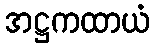
အဋ္ဌကထာယံ